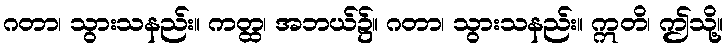
ဂတာ၊ သွားသနည်း။ ကတ္ထ၊ အဘယ်၌။ ဂတာ၊ သွားသနည်း။ ဣတိ၊ ဤသို့။